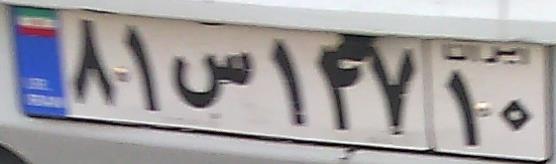
۸۱س۱۴۷۱۰